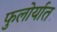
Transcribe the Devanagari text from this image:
फुलोर्यात